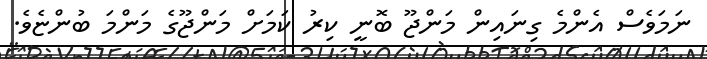
ނަމަވެސް އެންމެ ގިނައިން މަންޖޫ ބޮނީ ކިރު ކަމަށް މަންޖޫގެ މަންމަ ބުންޏެވެ.